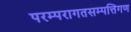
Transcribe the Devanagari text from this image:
परम्परागतसम्पत्तिगण